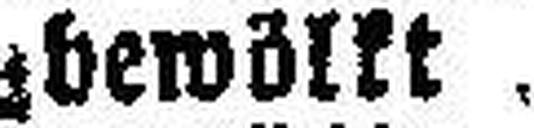
bewölkt